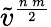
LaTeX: \tilde{v}^{\frac{n\, m}{2}}